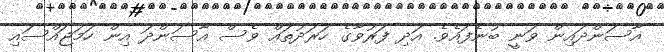
އާސަންދައިން ވަނީ ބުނެފައެވެ. އަދި ފަރުވާގެ ހަރަދުތައް ވެސް އާސަންދަ އިން ހަމަޖައްސައި